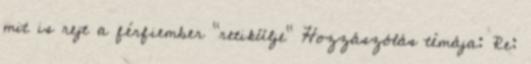
mit is rejt a férfiember "retikülje" Hozzászólás témája: Re: